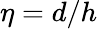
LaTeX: \eta=d/h